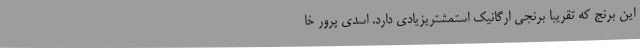
این برنج که تقریبا برنجی ارگانیک استمشتریزیادی دارد. اسدی پرور خا